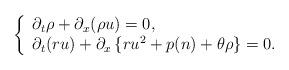
LaTeX: \begin{align*}\left\{\begin{array}{l}\partial_t \rho+\partial_x(\rho u ) =0,\\\partial_ t (ru) +\partial_x \left\{ru^2+p(n)+\theta \rho \right\}=0.\end{array}\right.\end{align*}